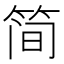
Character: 简